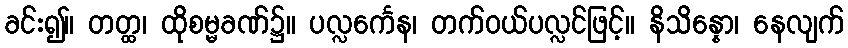
ခင်း၍။ တတ္ထ၊ ထိုစမ္မခဏ်၌။ ပလ္လင်္ကေန၊ တက်ဝယ်ပလ္လင်ဖြင့်။ နိသိန္နော၊ နေလျက်